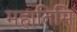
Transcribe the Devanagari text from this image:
महातिमि